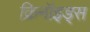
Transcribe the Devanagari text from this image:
क्रिनॉइड्स